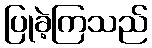
ပြုခဲ့ကြသည်